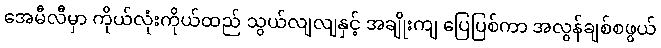
အေမီလီမှာ ကိုယ်လုံးကိုယ်ထည် သွယ်လျလျနှင့် အချိုးကျ ပြေပြစ်ကာ အလွန်ချစ်စဖွယ်